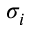
\sigma _ { i }